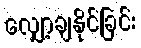
လျှော့ချနိုင်ခြင်း